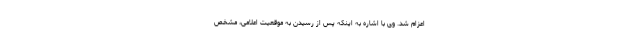
اعزام شد. وی با اشاره به اینکه پس از رسیدن به موقعیت اعلامی، مشخص